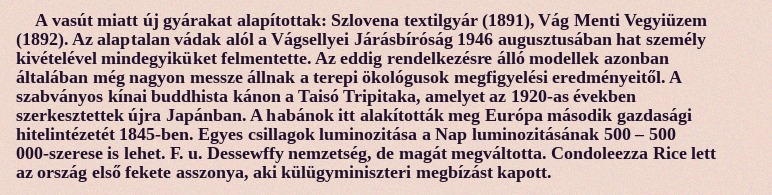
A vasút miatt új gyárakat alapítottak: Szlovena textilgyár (1891), Vág Menti Vegyiüzem (1892). Az alaptalan vádak alól a Vágsellyei Járásbíróság 1946 augusztusában hat személy kivételével mindegyiküket felmentette. Az eddig rendelkezésre álló modellek azonban általában még nagyon messze állnak a terepi ökológusok megfigyelési eredményeitől. A szabványos kínai buddhista kánon a Taisó Tripitaka, amelyet az 1920-as években szerkesztettek újra Japánban. A habánok itt alakították meg Európa második gazdasági hitelintézetét 1845-ben. Egyes csillagok luminozitása a Nap luminozitásának 500 – 500 000-szerese is lehet. F. u. Dessewffy nemzetség, de magát megváltotta. Condoleezza Rice lett az ország első fekete asszonya, aki külügyminiszteri megbízást kapott.